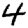
Digit: 4